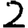
Digit: 2